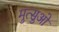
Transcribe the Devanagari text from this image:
मुत्सुओ